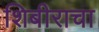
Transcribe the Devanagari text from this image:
शिबीराचा